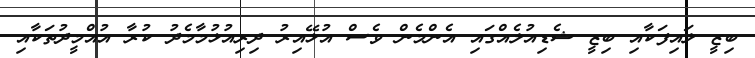
ބިޒީ ލައިފަކާއި ބިޒީ ޝެޑިއުލެއްގައި އެންމެން ވެސް އުޅޭއިރު ދިރިއުޅުމާމެދު ކުރާ އުއްމީދުތަކާއި